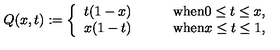
Q ( x , t ) : = \left\{ \begin{array} { l l } { t ( 1 - x ) } & { \qquad \mathrm { w h e n } 0 \le t \le x , } \\ { x ( 1 - t ) } & { \qquad \mathrm { w h e n } x \le t \le 1 , } \\ \end{array} \right.